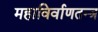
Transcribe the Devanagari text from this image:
महाविर्वाणतन्त्र